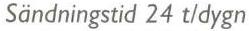
Sändningstid 24 t/dygn